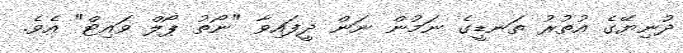
ދުނިޔޭގެ އުތުރު ތަނޑީގެ ނަމުން ނަން ދީފައިވާ "ނޯތު ޕޯލް ވައިޓް" އެވެ.